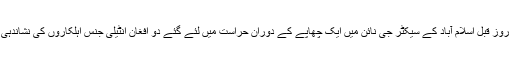
ان پانچوں افراد کو چند روز قبل اسلام آباد کے سیکٹر جی نائن میں ایک چھاپے کے دوران حراست میں لئے گئے دو افغان انٹیلی جنس اہلکاروں کی نشاندہی پر گرفتار کیا گیا ہے۔